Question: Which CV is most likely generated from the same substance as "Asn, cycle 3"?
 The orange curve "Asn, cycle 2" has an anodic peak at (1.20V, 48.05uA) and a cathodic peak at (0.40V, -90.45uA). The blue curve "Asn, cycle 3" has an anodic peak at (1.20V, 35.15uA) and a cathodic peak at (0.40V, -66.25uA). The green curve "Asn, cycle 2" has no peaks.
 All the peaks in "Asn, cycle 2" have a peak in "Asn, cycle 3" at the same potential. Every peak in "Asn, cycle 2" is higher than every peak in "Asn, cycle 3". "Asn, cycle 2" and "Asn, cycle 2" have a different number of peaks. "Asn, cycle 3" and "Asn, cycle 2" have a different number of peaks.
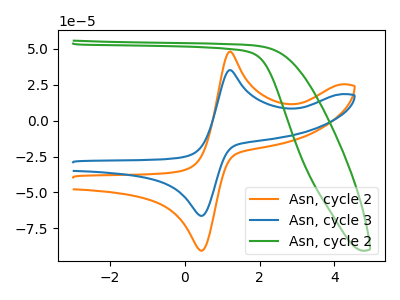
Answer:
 <answer>The CV with the most similar shape to "Asn, cycle 2" is "Asn, cycle 3".</answer>
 <eval>"Asn, cycle 3"</eval>